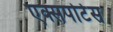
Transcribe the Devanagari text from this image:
एक्सपोर्टेस